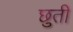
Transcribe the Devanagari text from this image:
छुती